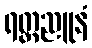
ရတ္တညူနံ